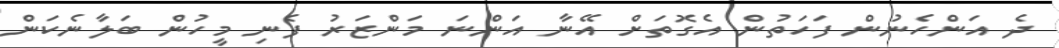
ދެ އަންހެނުން ފަހަތުން އެގޮތަށް އޭނާ އަންނަ މަންޒަރު ފެނި މީހުން ބަލާނެކަން